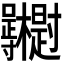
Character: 𭍓